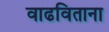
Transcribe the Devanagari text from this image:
वाढविताना